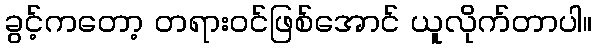
ခွင့်ကတော့ တရားဝင်ဖြစ်အောင် ယူလိုက်တာပါ။